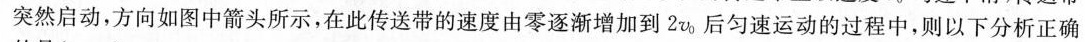
突然启动，方向如图中箭头所示，在此传送带的速度由零逐渐增加到2v_{0|后匀速运动的过程中，则以下分析正确